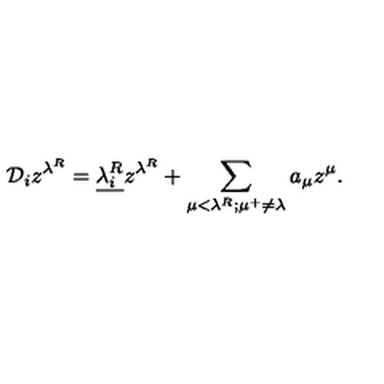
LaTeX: { \mathcal D } _ { i } z ^ { \lambda ^ { R } } = \underline { { { \lambda } _ { i } ^ { R } } } z ^ { \lambda ^ { R } } + \sum _ { \mu < \lambda ^ { R } ; \mu ^ { + } \neq \lambda } a _ { \mu } z ^ { \mu } .